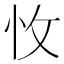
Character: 𢗡